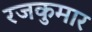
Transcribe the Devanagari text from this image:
रजकुमार